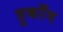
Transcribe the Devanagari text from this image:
हुकाँग